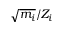
\sqrt { m _ { i } } / Z _ { i }